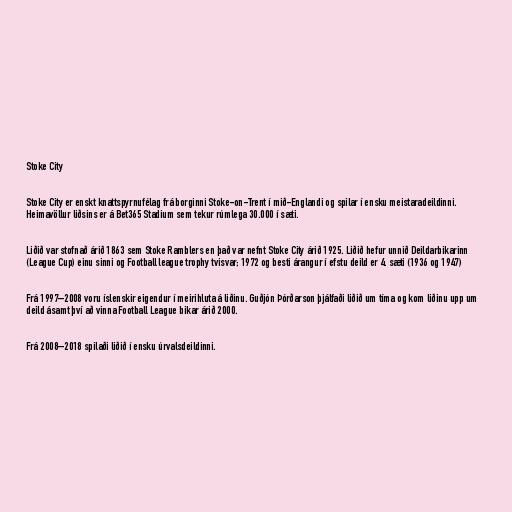
Stoke City

Stoke City er enskt knattspyrnufélag frá borginni Stoke-on-Trent í mið-Englandi og spilar í ensku meistaradeildinni.
Heimavöllur liðsins er á Bet365 Stadium sem tekur rúmlega 30.000 í sæti.

Liðið var stofnað árið 1863 sem Stoke Ramblers en það var nefnt Stoke City árið 1925. Liðið hefur unnið Deildarbikarinn
(League Cup) einu sinni og Football league trophy tvisvar; 1972 og besti árangur í efstu deild er 4. sæti (1936 og 1947)

Frá 1997–2008 voru íslenskir eigendur í meirihluta á liðinu. Guðjón Þórðarson þjálfaði liðið um tíma og kom liðinu upp um
deild ásamt því að vinna Football League bikar árið 2000.

Frá 2008–2018 spilaði liðið í ensku úrvalsdeildinni.